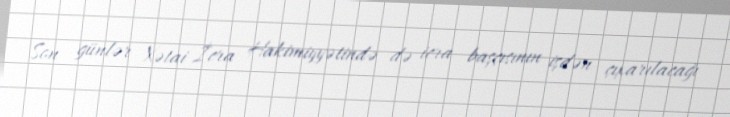
Son günlər Xətai İcra Hakimiyyətində də icra başçısının işdən çıxarılacağı